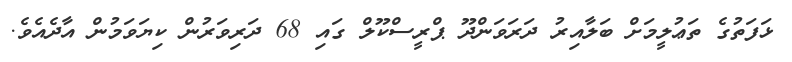
ޅަފަތުގެ ތަޢުލީމަށް ބަލާއިރު ދަރަވަންދޫ ޕްރީސްކޫލް ގައި 68 ދަރިވަރުން ކިޔަވަމުން އާދެއެވެ.